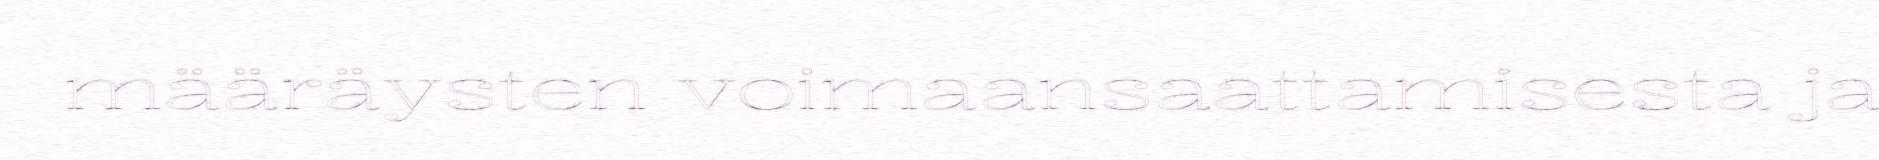
määräysten voimaansaattamisesta ja